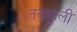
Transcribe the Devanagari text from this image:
तवक्कुली